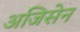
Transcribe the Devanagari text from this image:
अजिसेन